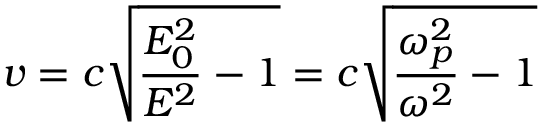
v = c { \sqrt { { \frac { E _ { 0 } ^ { 2 } } { E ^ { 2 } } } - 1 } } = c { \sqrt { { \frac { \omega _ { p } ^ { 2 } } { \omega ^ { 2 } } } - 1 } }